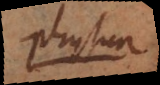
physica